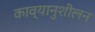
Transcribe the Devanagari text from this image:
काव्यानुशीलन